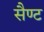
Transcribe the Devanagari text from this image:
सैण्ट